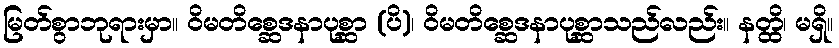
မြတ်စွာဘုရားမှာ။ ဝိမတိစ္ဆေဒနာပုစ္ဆာ (ပိ)၊ ဝိမတိစ္ဆေဒနာပုစ္ဆာသည်လည်း။ နတ္ထိ၊ မရှိ။